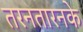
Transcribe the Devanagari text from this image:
तरनतारनके